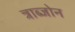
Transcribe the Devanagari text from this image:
त्राब्जोन